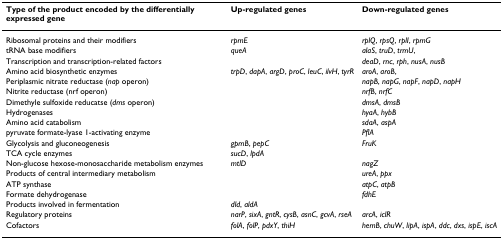
<table><thead><tr><td><b>Type of the product encoded by the differentially expressed gene</b></td><td><b>Up-regulated genes</b></td><td><b>Down-regulated genes</b></td></tr></thead><tbody><tr><td>Ribosomal proteins and their modifiers</td><td><i>rpmE</i></td><td><i>rplQ</i>, <i>rpsQ</i>, <i>rplI</i>, <i>rpmG</i></td></tr><tr><td>tRNA base modifiers</td><td><i>queA</i></td><td><i>alaS</i>, <i>truD</i>, <i>trmU</i>,</td></tr><tr><td>Transcription and transcription-related factors</td><td></td><td><i>deaD</i>, <i>rnc</i>, <i>rph</i>, <i>nusA</i>, <i>nusB</i></td></tr><tr><td>Amino acid biosynthetic enzymes</td><td><i>trpD</i>, <i>dapA</i>, <i>argD</i>, <i>proC</i>, <i>leuC</i>, <i>ilvH</i>, <i>tyrR</i></td><td><i>aroA</i>, <i>aroB</i>,</td></tr><tr><td>Periplasmic nitrate reductase (<i>nap </i>operon)</td><td></td><td><i>napB</i>, <i>napG</i>, <i>napF</i>, <i>napD</i>, <i>napH</i></td></tr><tr><td>Nitrite reductase (nrf operon)</td><td></td><td><i>nrfB</i>, <i>nrfC</i></td></tr><tr><td>Dimethyle sulfoxide reducatse (<i>dms </i>operon)</td><td></td><td><i>dmsA</i>, <i>dmsB</i></td></tr><tr><td>Hydrogenases</td><td></td><td><i>hyaA</i>, <i>hybB</i></td></tr><tr><td>Amino acid catabolism</td><td></td><td><i>sdaA</i>, <i>aspA</i></td></tr><tr><td>pyruvate formate-lyase 1-activating enzyme</td><td></td><td><i>PflA</i></td></tr><tr><td>Glycolysis and gluconeogenesis</td><td><i>gpmB</i>, <i>pepC</i></td><td><i>FruK</i></td></tr><tr><td>TCA cycle enzymes</td><td><i>sucD</i>, <i>lpdA</i></td><td></td></tr><tr><td>Non-glucose hexose-monosaccharide metabolism enzymes</td><td><i>mtlD</i></td><td><i>nagZ</i></td></tr><tr><td>Products of central intermediary metabolism</td><td></td><td><i>ureA</i>, <i>ppx</i></td></tr><tr><td>ATP synthase</td><td></td><td><i>atpC</i>, <i>atpB</i></td></tr><tr><td>Formate dehydrogenase</td><td></td><td><i>fdhE</i></td></tr><tr><td>Products involved in fermentation</td><td><i>dld</i>, <i>aldA</i></td><td></td></tr><tr><td>Regulatory proteins</td><td><i>narP</i>, <i>sixA</i>, <i>gntR</i>, <i>cysB</i>, <i>asnC</i>, <i>gcvA</i>, <i>rseA</i></td><td><i>arcA</i>, <i>iclR</i></td></tr><tr><td>Cofactors</td><td><i>folA</i>, <i>folP</i>, <i>pdxY</i>, <i>thiH</i></td><td><i>hemB</i>, <i>chuW</i>, <i>lipA</i>, <i>ispA</i>, <i>ddc</i>, <i>dxs</i>, <i>ispE</i>, <i>iscA</i></td></tr></tbody></table>